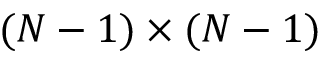
( N - 1 ) \times ( N - 1 )